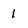
Character: l